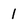
Character: 1